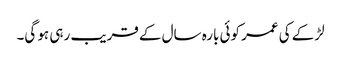
لڑکے کی عمر کوئی بارہ سال کے قریب رہی ہو گی۔